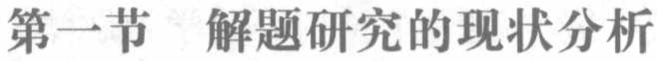
第一节 解题研究的现状分析